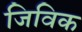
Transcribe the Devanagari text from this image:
जिविक